Senior Leaving Certificate Examination (including Day School Certificate (Higher) General paper), 1948
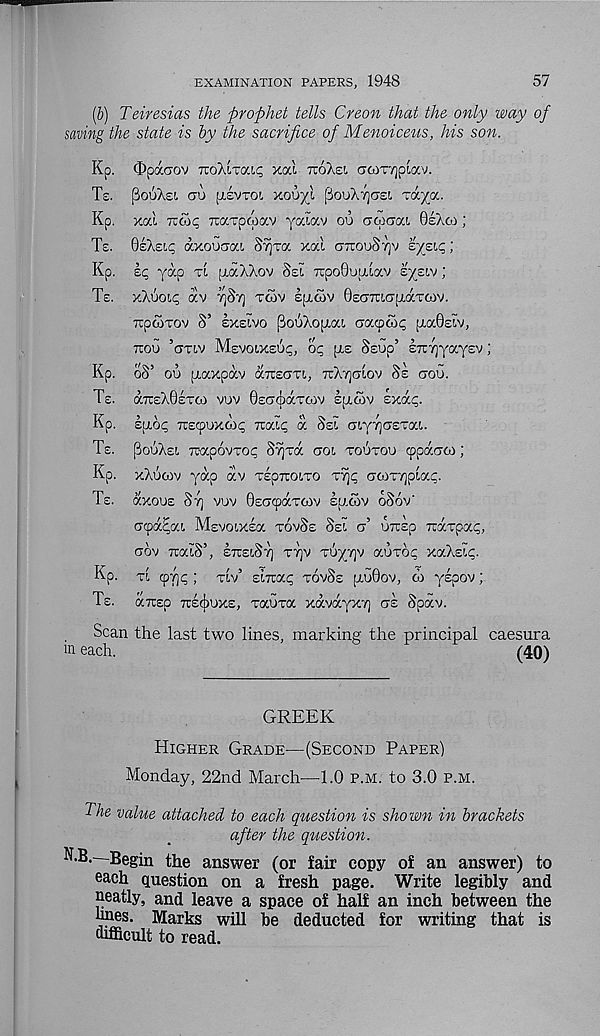
EXAMINATION PAPERS, 1948
57
(b) Teiresias the prophet tells Creon that the only way of
saving the state is by the sacrifice of Menoiceus, his son.
Kp. (Dpdcaov TTOALTai^ xal ttoAel aoiTrjpiav.
Ts. PouXsi, cu pisvTOi y.ouyi [3ouX7]G£i, xa/a.
Kp. xai tcco^ Tiaxpcpav yaiav oo aqxjoa BeXco;
Ts. 0sX£i.p axoucroa SyjTa xai gtcouSt^v sysip;
Kp. iq yap ti piaXAov Sei TupoSoptiav sysiv;
Te. xXuoip av ySy toiv siigjv 0£GTuajj,dcTcov.
-poixov S’ exeivo pooXoiAat. caywc p.a0£W,
xou ’gtiv Mevoixeu^, oq pi£ Seup’ £Ti7]yay£V;
Kp. oS’ ou ptaxpav oltzzgti, ttXtjgiov Se goo.
Te. a7r£X0£TO) VUV 0£G(|)aTOjV £[J,<Sv Exa^.
Kp. E[j.op TiEfpuxcb^ 7rai<; a Sei GiyTjGSTau
Te. (SouXe!, TCapovxot; SyjTa goi toutou cppaGto;
Kp. xXumv yap av TEpxoiTO
Goixypiap.
Te. aXOUE St] VOV 0EG<paT6)V EO.COV 6S6v'
Gcpa^at, Mevoixsa tovSe SeI g’ oirsp Tuarpai;,
gov xaiS’, ettelS'/] tt]v Tuy/jv auxop xaXEic;.
Kp. xi cpr]q ; tlv’ EiTrai; tovSe (j.o0ov, oi yspov;
Te. aicsp TtEcfiuxE, xauxa xavayxT] ge Spav.
Scan the last two lines, marking the principal caesura
m each.
(40)
GREEK
Higher Grade—(Second Paper)
Monday, 22nd March—1.0 p.m. to 3.0 p.m.
The value attached to each question is shown in brackets
after the question.
N.B.—Begin the answer (or fair copy of an answer) to
each question on a fresh page. Write legibly and
neatly, and leave a space of half an inch between the
unes. Marks will be deducted for writing that is
difficult to read.